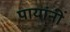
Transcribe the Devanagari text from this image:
पायांनीं